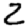
Digit: 2